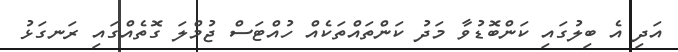
އަދި އެ ބިލުގައި ކަންބޮޑުވާ މަދު ކަންތައްތަކެއް ހުއްޓަސް ޖުމްލަ ގޮތެއްގައި ރަނގަޅު